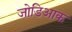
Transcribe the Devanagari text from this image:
जोडिआक